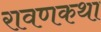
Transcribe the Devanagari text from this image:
रावणकथा